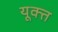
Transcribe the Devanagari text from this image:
यूक्त